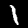
Digit: 1